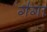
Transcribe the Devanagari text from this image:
ग॑गा